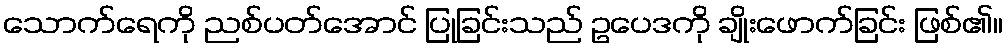
သောက်ရေကို ညစ်ပတ်အောင် ပြုခြင်းသည် ဥပေဒကို ချိုးဖောက်ခြင်း ဖြစ်၏။